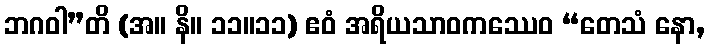
ဘဂဝါ”တိ (အ။ နိ။ ၁၁။၁၁) ဧဝံ အရိယသာဝကဿေဝ “တေသံ နော,